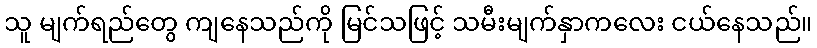
သူ မျက်ရည်တွေ ကျနေသည်ကို မြင်သဖြင့် သမီးမျက်နှာကလေး ငယ်နေသည်။